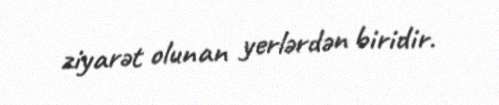
ziyarət olunan yerlərdən biridir.